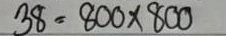
38 = 800 x 800